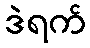
ဒဲရက်